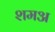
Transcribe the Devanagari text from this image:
शमअ